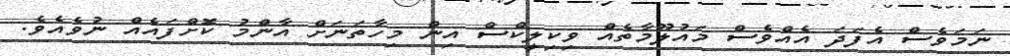
ނަމަވެސް އެފަދަ އެއްވެސް މައުލޫމާތެއް ވިކިލީކްސް އިން މިހާތަނަށް އާންމު ކޮށްފައެއް ނުވެއެވެ.